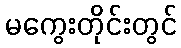
မကွေးတိုင်းတွင်